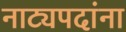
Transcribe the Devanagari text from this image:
नाट्यपदांना